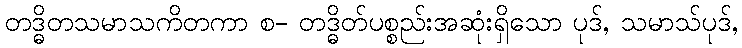
တဒ္ဓိတသမာသကိတကာ စ- တဒ္ဓိတ်ပစ္စည်းအဆုံးရှိသော ပုဒ်, သမာသ်ပုဒ်,